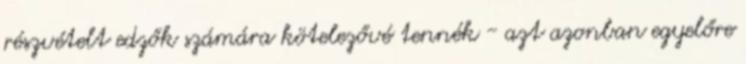
részvételt edzők számára kötelezővé tennék - azt azonban egyelőre